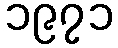
၁၉၇၁